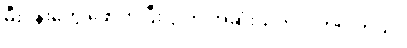
မီးပန်းတွေ ဖောက်ပြီး ပွဲ ကို အဆုံးသတ်လိုက်ပါတယ်။